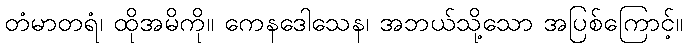
တံမာတရံ၊ ထိုအမိကို။ ကေနဒေါသေန၊ အဘယ်သို့သော အပြစ်ကြောင့်။